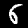
Digit: 6